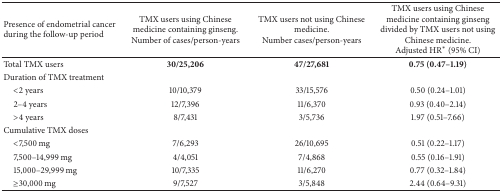
<table><thead><tr><td><b>Presence of endometrial cancer during the follow-up period</b></td><td><b>TMX users using Chinese medicine containing ginseng. Number of cases/person-years</b></td><td><b>TMX users not using Chinese medicine. Number cases/person-years</b></td><td><b>TMX users using Chinese medicine containing ginseng divided by TMX users not using Chinese medicine. Adjusted HR<sup>*</sup> (95% CI)</b></td></tr></thead><tbody><tr><td>Total TMX users</td><td><b>30/25,206</b></td><td><b>47/27,681</b></td><td><b>0.75 (0.47–1.19)</b></td></tr><tr><td>Duration of TMX treatment</td><td> </td><td> </td><td> </td></tr><tr><td> &lt;2 years</td><td>10/10,379</td><td>33/15,576</td><td>0.50 (0.24–1.01)</td></tr><tr><td> 2–4 years</td><td>12/7,396</td><td>11/6,370</td><td>0.93 (0.40–2.14)</td></tr><tr><td> &gt;4 years</td><td>8/7,431</td><td>3/5,736</td><td>1.97 (0.51–7.66)</td></tr><tr><td>Cumulative TMX doses</td><td> </td><td> </td><td> </td></tr><tr><td> &lt;7,500 mg</td><td>7/6,293</td><td>26/10,695</td><td>0.51 (0.22–1.17)</td></tr><tr><td> 7,500–14,999 mg</td><td>4/4,051</td><td>7/4,868</td><td>0.55 (0.16–1.91)</td></tr><tr><td> 15,000–29,999 mg</td><td>10/7,335</td><td>11/6,270</td><td>0.77 (0.32–1.84)</td></tr><tr><td> ≥30,000 mg</td><td>9/7,527</td><td>3/5,848</td><td>2.44 (0.64–9.31)</td></tr></tbody></table>